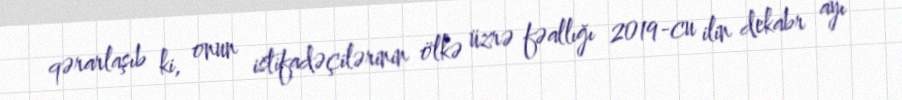
qərarlaşıb ki, onun istifadəçilərinin ölkə üzrə fəallığı 2019-cu ilin dekabr ayı